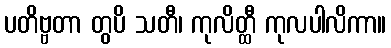
ပတိဗ္ဗတာ တွပိ သတီ၊ ကုလိတ္ထီ ကုလပါလိကာ။